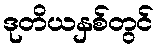
ဒုတိယနှစ်တွင်